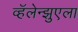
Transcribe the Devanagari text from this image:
व्हॅलेन्झुएला